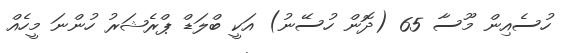
ހުސެއިން މޫސާ 65 (ދޮން ހުސޭނު) އަކީ ބްލަޑް ޕްރެޝަރު ހުންނަ މީހެއް